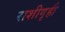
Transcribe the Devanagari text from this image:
राशीगृही